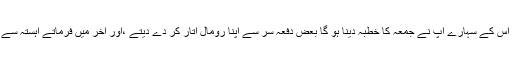
ایک دفعہ مجھے اپنی لاٹھی انعام میں دی اور کہاکہ اس کے سہارے آپ نے جمعہ کا خطبہ دینا ہو گا بعض دفعہ سر سے اپنا رومال اتار کر دے دیتے ،اور آخر میں فرماتے آہستہ سے بیٹا دعاکرنا کہ اللہ تعالی میرا خاتمہ ایمان پر کرے۔